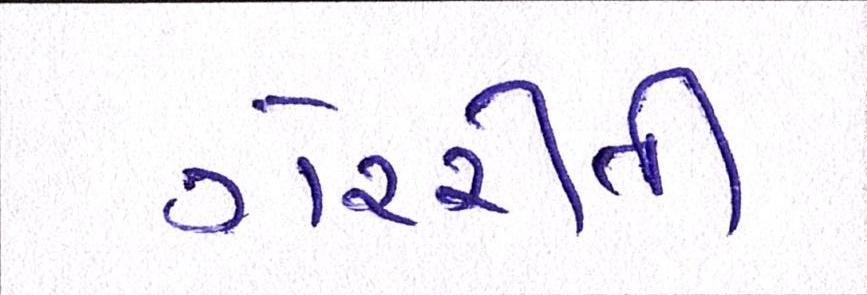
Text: ગેરરીતી